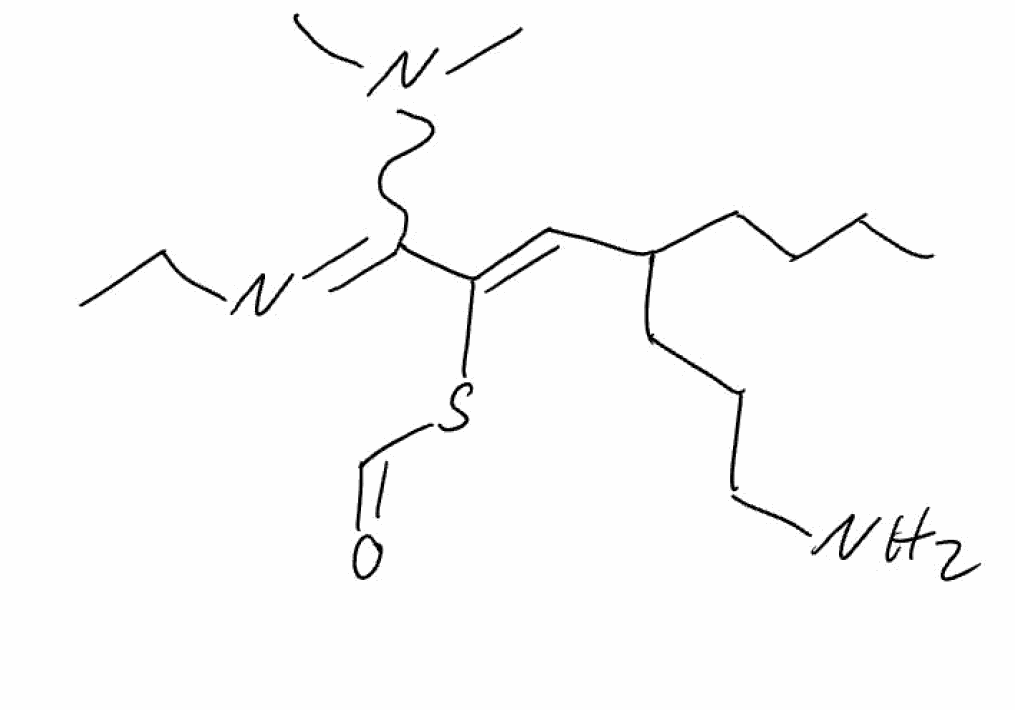
Simplified molecular-input line-entry system (SMILES) notation of the given molecule:
CCCCC(CCCN)/C=C(/C(=NCC)N(C)C)\SC=O